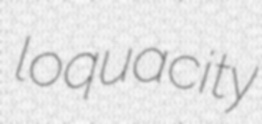
loquacity